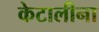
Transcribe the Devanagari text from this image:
केटालीना